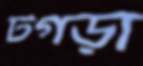
টগড়া